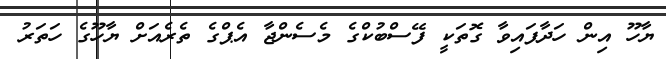
ޔާހޫ އިން ހަދާފައިވާ ގޮތަކީ ފޭސްބުކްގެ މެސެންޖާ އެޕްގެ ތެރެއަށް ޔާހޫގެ ހަތަރު